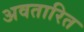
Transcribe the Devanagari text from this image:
अवतारित